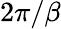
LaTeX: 2\pi/\beta